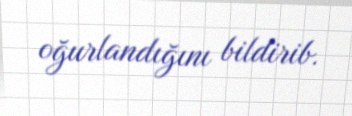
oğurlandığını bildirib.